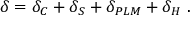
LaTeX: \delta = \delta _ { C } + \delta _ { S } + \delta _ { P L M } + \delta _ { H } \ .